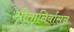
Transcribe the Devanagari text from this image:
सीतानिर्वासन